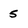
Character: 5